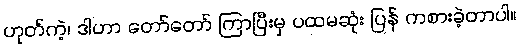
ဟုတ်ကဲ့၊ ဒါဟာ တော်တော် ကြာပြီးမှ ပထမဆုံး ပြန် ကစားခဲ့တာပါ။